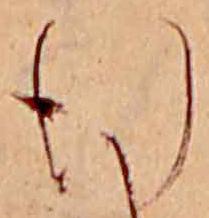
行